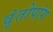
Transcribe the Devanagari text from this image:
वृंतोपांग